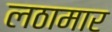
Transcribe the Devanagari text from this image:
लठामार